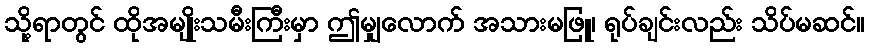
သို့ရာတွင် ထိုအမျိုးသမီးကြီးမှာ ဤမျှလောက် အသားမဖြူ၊ ရုပ်ချင်းလည်း သိပ်မဆင်။